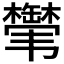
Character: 𬰸